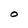
Character: O